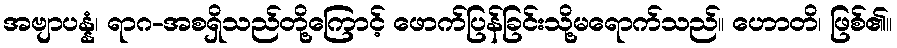
အဗျာပန္နံ၊ ရာဂ-အစရှိသည်တို့ကြောင့် ဖောက်ပြန်ခြင်းသို့မရောက်သည်။ ဟောတိ၊ ဖြစ်၏။